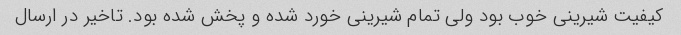
کیفیت شیرینی خوب بود ولی تمام شیرینی خورد شده و پخش شده بود. تاخیر در ارسال